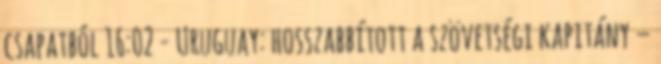
csapatból 16:02 - Uruguay: hosszabbított a szövetségi kapitány –